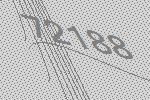
72188